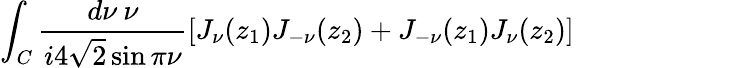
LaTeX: \int_{C}\frac{d\nu\: \nu}{i4\sqrt{2}\sin\pi\nu}\left[J_{\nu}(z_{1})J_{-\nu}(z_{2})+J_{-\nu}(z_{1})J_{\nu}(z_{2})\right]\; \; \; \; \; \; \; \; \; \; \; \; \; \; \; \; \; \; \; \; \;